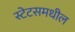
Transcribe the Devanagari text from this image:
स्टेटसमधील